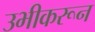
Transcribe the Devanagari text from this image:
उभीकरून